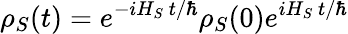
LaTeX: \rho_{S}(t)=e^{-iH_{S}~t/\hbar}\rho_{S}(0)e^{iH_{S}~t/\hbar}